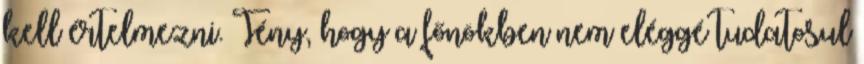
kell értelmezni. Tény, hogy a főnökben nem eléggé tudatosul